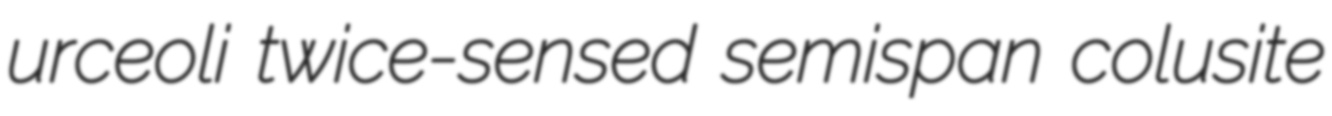
urceoli twice-sensed semispan colusite